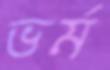
ভর্ম